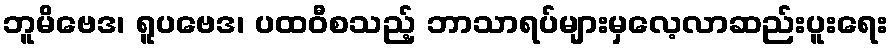
ဘူမိဗေဒ၊ ရူပဗေဒ၊ ပထဝီစသည့် ဘာသာရပ်များမှလေ့လာဆည်းပူးရေး